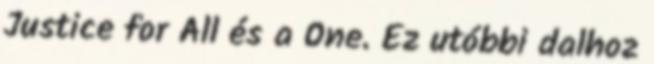
Justice for All és a One. Ez utóbbi dalhoz